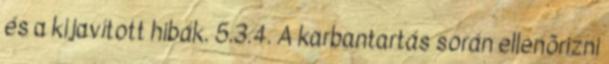
és a kijavított hibák. 5.3.4. A karbantartás során ellenõrizni